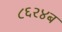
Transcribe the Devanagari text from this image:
८६२४ब